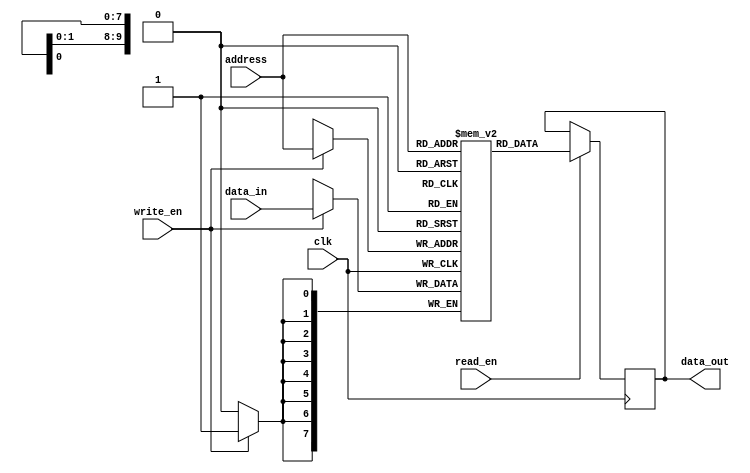
module RAM (
  input wire clk,
  input wire read_en,
  input wire write_en,
  input wire [ADDR_WIDTH-1:0] address,
  input wire [DATA_WIDTH-1:0] data_in,
  output reg [DATA_WIDTH-1:0] data_out
);

parameter ADDR_WIDTH = 10; // Address width for RAM
parameter DATA_WIDTH = 8; // Data width for RAM

reg [DATA_WIDTH-1:0] mem [0:(1<<ADDR_WIDTH)-1];

always @(posedge clk) begin
  if (write_en) begin
    mem[address] <= data_in;
  end

  if (read_en) begin
    data_out <= mem[address];
  end
end

endmodule